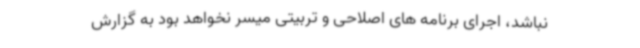
نباشد، اجرای برنامه های اصلاحی و تربیتی میسر نخواهد بود به گزارش